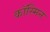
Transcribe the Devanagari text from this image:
कॉस्मिन